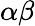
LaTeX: \alpha\beta